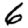
Digit: 6